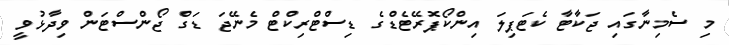
މި ސެމިނާގައި ޖަކާޓާ ކެޓަޕިލަ އިންކޯޕޮރޭޓެޑްގެ ޑިސްޓްރިކްޓް މެނޭޖަ ޑަގް ޖޯންސްޓަން ވިދާޅުވީ